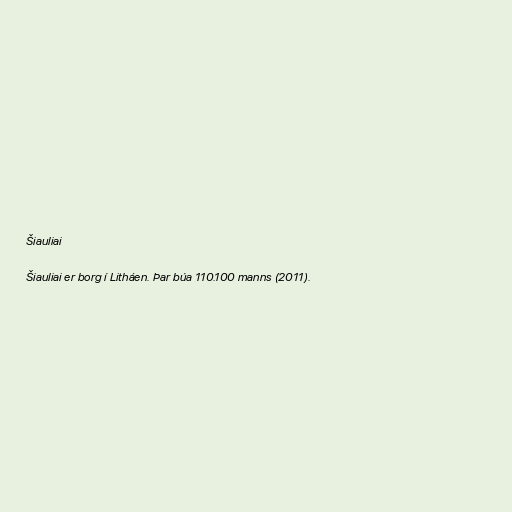
Šiauliai

Šiauliai er borg í Litháen. Þar búa 110.100 manns (2011).